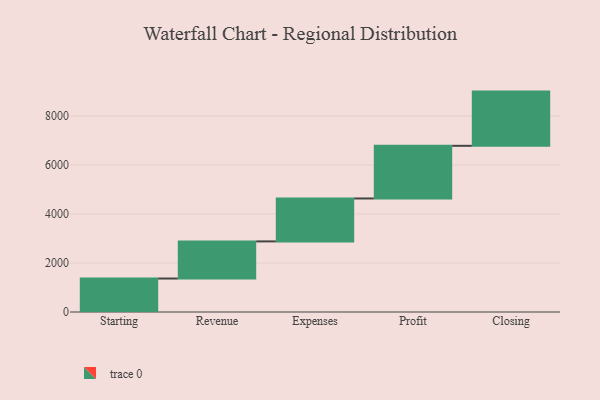
{"axis": {"x": "Step", "y": "Value"}, "legend": [""], "data": [{"x": "Starting", "y": 1366.0, "type": ""}, {"x": "Revenue", "y": 1515.0, "type": ""}, {"x": "Expenses", "y": 1752.0, "type": ""}, {"x": "Profit", "y": 2149.0, "type": ""}, {"x": "Closing", "y": 2212.0, "type": ""}]}